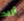
أريد